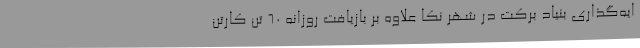
ایه‌گذاری بنیاد برکت در شهر نکا علاوه بر بازیافت روزانه 60 تن کارتن